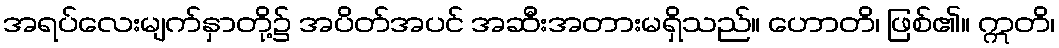
အရပ်လေးမျက်နှာတို့၌ အပိတ်အပင် အဆီးအတားမရှိသည်။ ဟောတိ၊ ဖြစ်၏။ ဣတိ၊